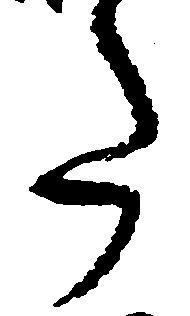
た